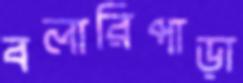
বলারিপাড়া